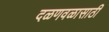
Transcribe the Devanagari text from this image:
दळणवळासाठी